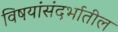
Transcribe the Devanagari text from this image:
विषयांसंदर्भातील